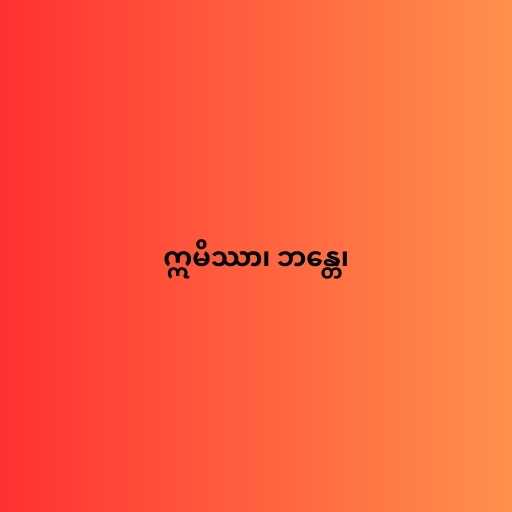
ဣမိဿာ၊ ဘန္တေ၊